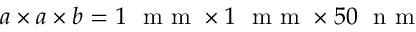
a \times a \times b = 1 ~ \mathrm { ~ m ~ m ~ } \times 1 ~ \mathrm { ~ m ~ m ~ } \times 5 0 ~ \mathrm { ~ n ~ m ~ }